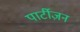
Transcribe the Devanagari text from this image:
पार्टीज़न